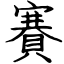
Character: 賽